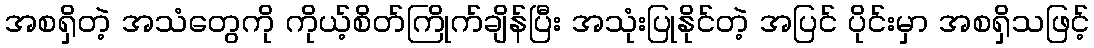
အစရှိတဲ့ အသံတွေကို ကိုယ့်စိတ်ကြိုက်ချိန်ပြီး အသုံးပြုနိုင်တဲ့ အပြင် ပိုင်းမှာ အစရှိသဖြင့်